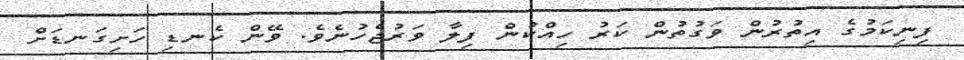
ފިނިކަމުގެ އިތުރުން ވަގުތުން ކަރު ހިއްކުން ފިލާ ވަރުޖެހުނެވެ. ވޭން ކެނޑި ހަށިގަނޑަށް